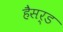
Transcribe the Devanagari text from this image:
हैसर्ड